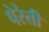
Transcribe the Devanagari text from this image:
पेरेती